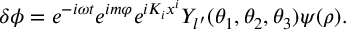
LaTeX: \delta \phi = e ^ { - i \omega t } e ^ { i m \varphi } e ^ { i K _ { i } x ^ { i } } Y _ { l ^ { \prime } } ( \theta _ { 1 } , \theta _ { 2 } , \theta _ { 3 } ) \psi ( \rho ) .